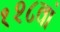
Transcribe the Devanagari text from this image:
१२८वां